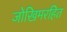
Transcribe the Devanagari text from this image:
जोखिमरहित